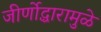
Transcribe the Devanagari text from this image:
जीर्णोद्धारामुळे